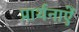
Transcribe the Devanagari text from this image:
प्रार्थनाऐं